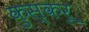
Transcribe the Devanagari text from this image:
कुस्करू